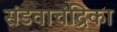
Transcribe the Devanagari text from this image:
संडवाचंद्रिका